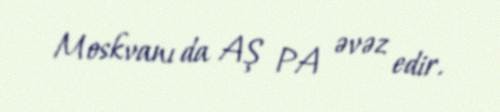
Moskvanı da AŞ PA əvəz edir.